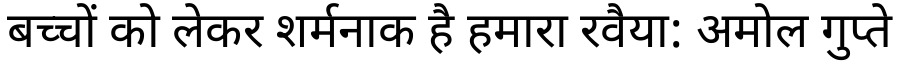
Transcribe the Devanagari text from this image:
बच्चों को लेकर शर्मनाक है हमारा रवैया: अमोल गुप्ते